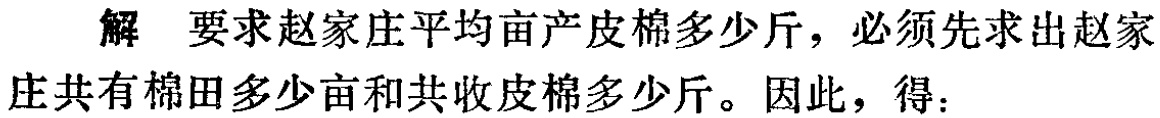
解 要求赵家庄平均亩产皮棉多少斤，必须先求出赵家庄共有棉田多少亩和共收皮棉多少斤。因此，得：